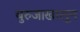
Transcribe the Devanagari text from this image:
बुरुजाखालून